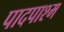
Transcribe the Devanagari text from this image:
पादपाश्म